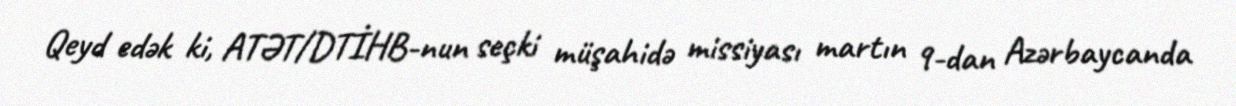
Qeyd edək ki, ATƏT/DTİHB-nun seçki müşahidə missiyası martın 9-dan Azərbaycanda